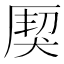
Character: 𤟐